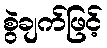
စွဲချက်ဖြင့်